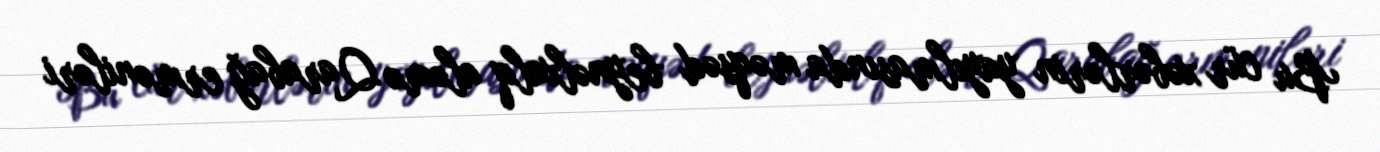
Bu cür xəbərlərin yayılmasında məqsəd beynəlxalq aləmə Qarabağ erməniləri